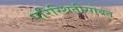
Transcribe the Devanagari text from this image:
परिस्थितीसोबत